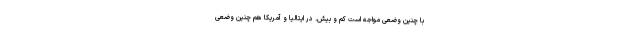
با چنین وضعی مواجه است کم و بیش. در ایتالیا و آمریکا هم چنین وضعی